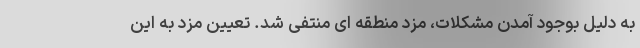
به دلیل بوجود آمدن مشکلات، مزد منطقه ای منتفی شد. تعیین مزد به این